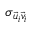
\sigma _ { \vec { u } _ { i } \vec { v } _ { i } }